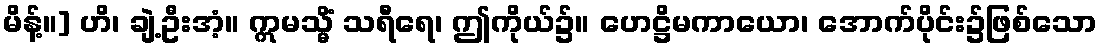
မိန့်။] ဟိ၊ ချဲ့ဦးအံ့။ ဣမသ္မိံ သရီရေ၊ ဤကိုယ်၌။ ဟေဋ္ဌိမကာယော၊ အောက်ပိုင်း၌ဖြစ်သော